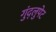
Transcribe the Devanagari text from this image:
गुंद्लुपेट